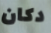
دكان